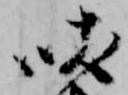
吠